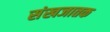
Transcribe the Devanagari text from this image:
संखजातक